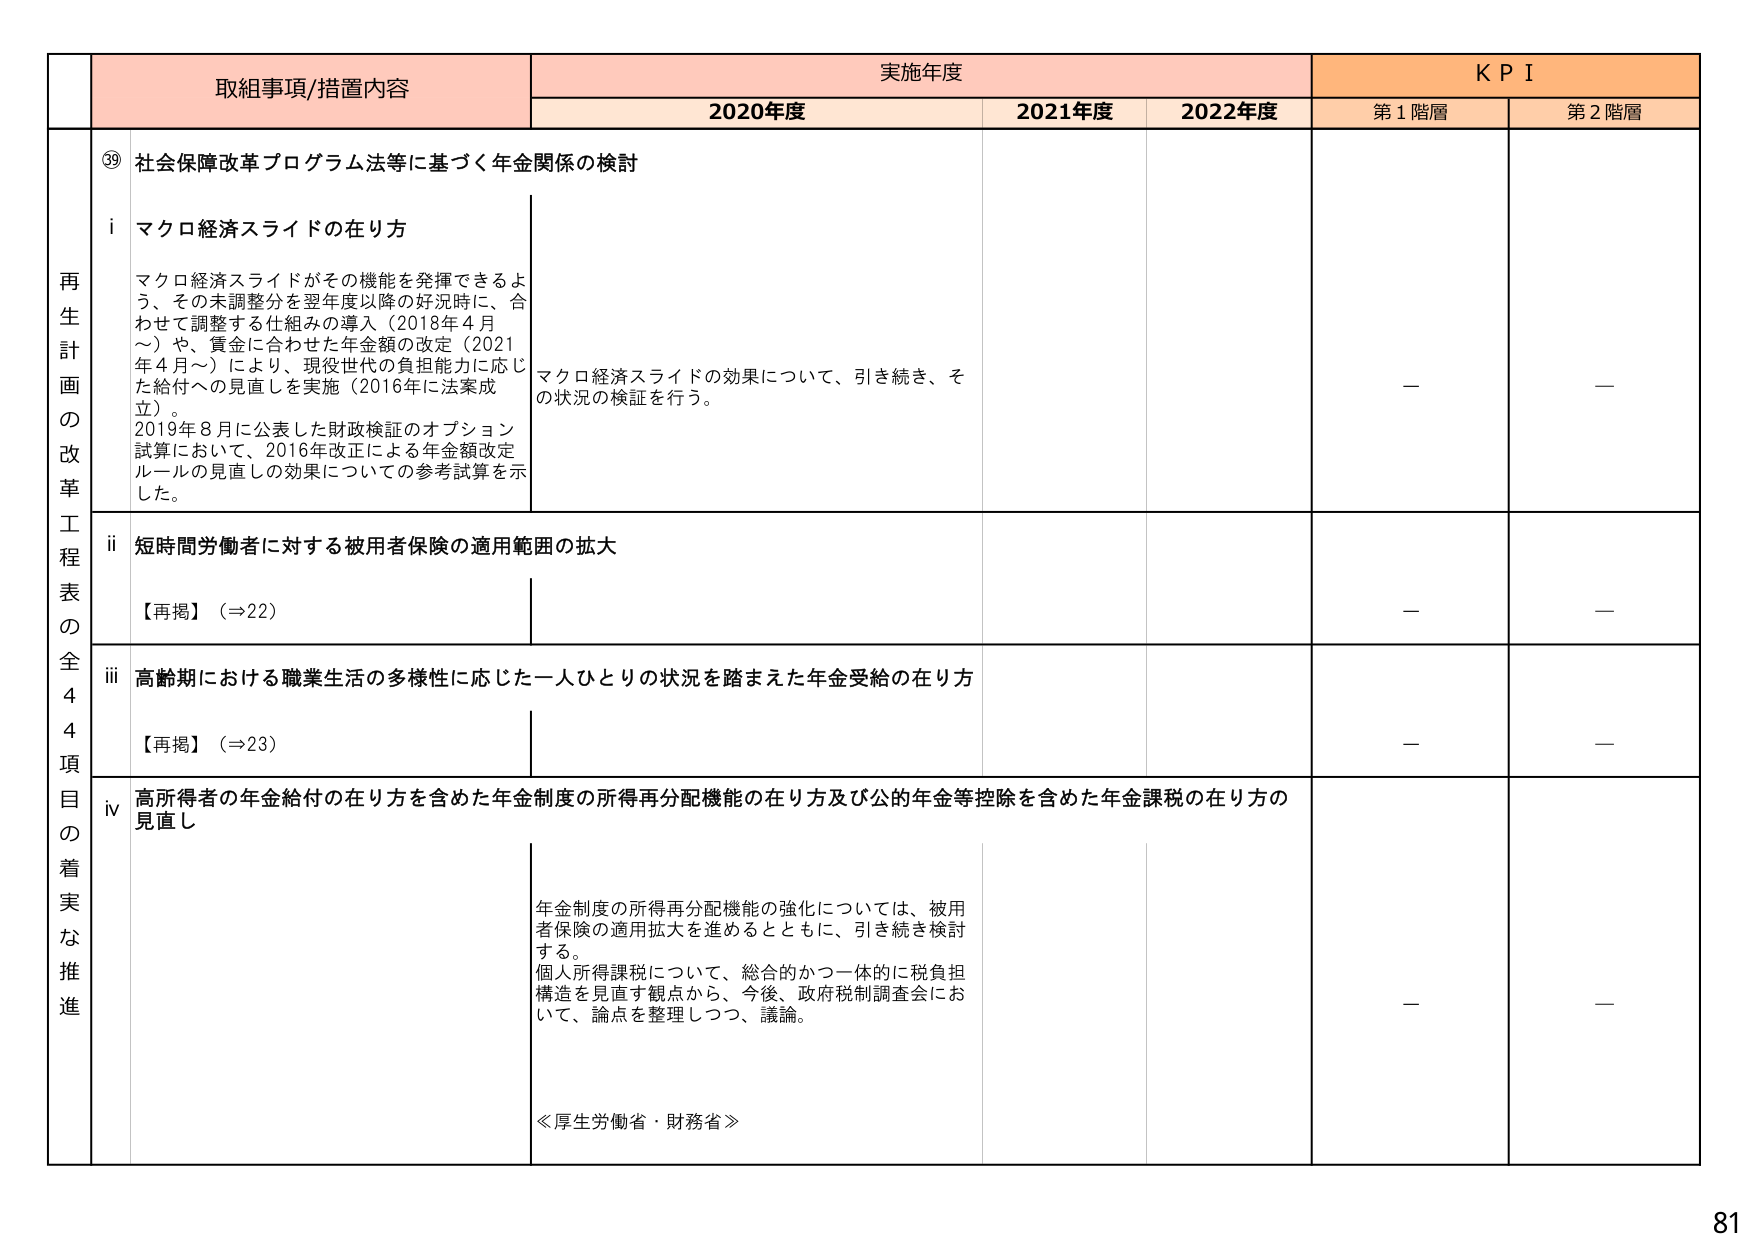
再生計画の改革工程表の全44項目の着実な推進

⑲ 社会保障改革プログラム法等に基づく年金関係の検討

i マクロ経済スライドの在り方
マクロ経済スライドがその機能を発揮できるよう、その未調整分を翌年度以降の好況時に、合わせて調整する仕組みの導入（2018年4月～）や、賃金に合わせた年金額の改定（2021年4月～）により、現役世代の負担能力に応じた給付への見直しを実施（2016年に法案成立）。
2019年8月に公表した財政検証のオプション試算において、2016年改正による年金額改定ルールの見直しの効果についての参考試算を示した。

マクロ経済スライドの効果について、引き続き、その状況の検証を行う。

ii 短時間労働者に対する被用者保険の適用範囲の拡大
【再掲】（⇒22）

iii 高齢期における職業生活の多様性に応じた一人ひとりの状況を踏まえた年金受給の在り方
【再掲】（⇒23）

iv 高所得者の年金給付の在り方を含めた年金制度の所得再分配機能の在り方及び公的年金等控除を含めた年金課税の在り方の見直し
年金制度の所得再分配機能の強化については、被用者保険の適用拡大を進めるとともに、引き続き検討する。
個人所得課税について、総合的かつ一体的に税負担構造を見直す観点から、今後、政府税制調査会において、論点を整理しつつ、議論。

≪厚生労働省・財務省≫

実施年度
2020年度
2021年度
2022年度

KPI
第1階層
第2階層

－
－
－
－
－
－
－
－

81